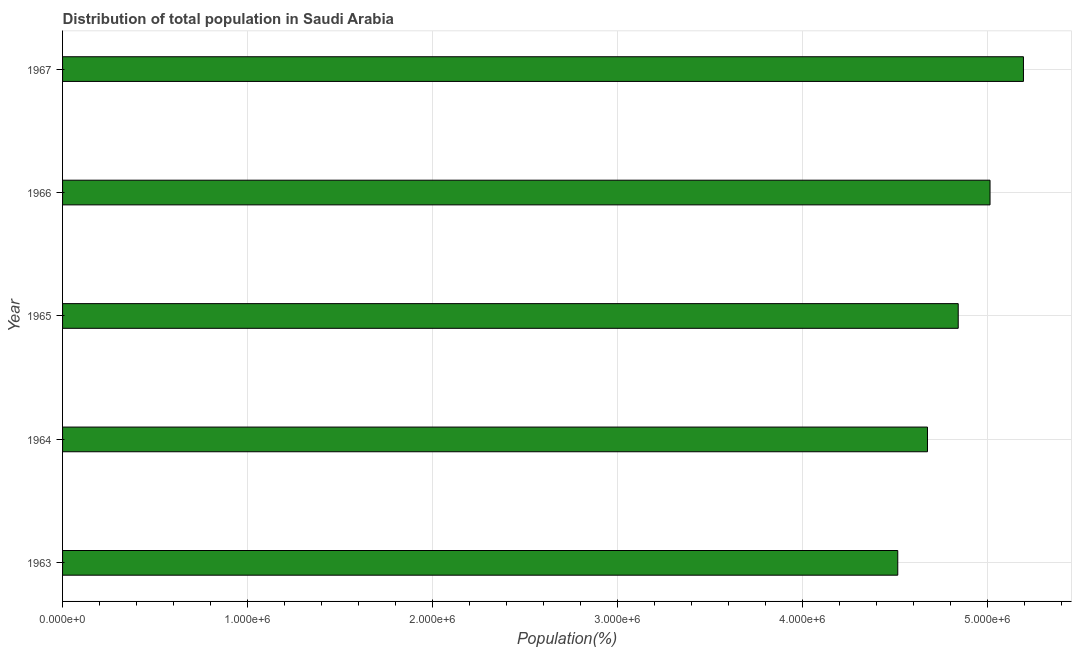
| Year | Total |
 | --- | --- |
 | 1963 | 4.52e+06 |
 | 1964 | 4.68e+06 |
 | 1965 | 4.84e+06 |
 | 1966 | 5.02e+06 |
 | 1967 | 5.2e+06 |